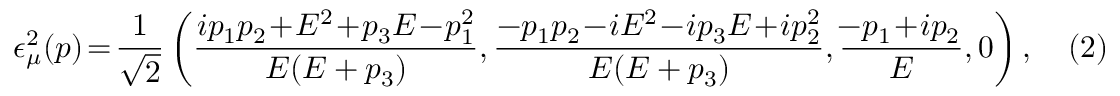
\epsilon _ { \mu } ^ { 2 } ( p ) \! = \! { \frac { 1 } { \sqrt { 2 } } } \left( { \frac { i p _ { 1 } p _ { 2 } \! + \! E ^ { 2 } \! + \! p _ { 3 } E \! - \! p _ { 1 } ^ { 2 } } { E ( E + p _ { 3 } ) } } , { \frac { - p _ { 1 } p _ { 2 } \! - \! i E ^ { 2 } \! - \! i p _ { 3 } E \! + \! i p _ { 2 } ^ { 2 } } { E ( E + p _ { 3 } ) } } , { \frac { \! - p _ { 1 } \! + \! i p _ { 2 } } { E } } , 0 \right) , \quad ( 2 )